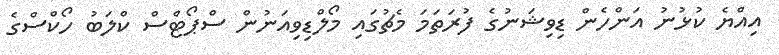
އިއްޔެ ކުޅުނު އަންހެން ޑިވިޝަނުގެ ފުރަތަމަ މެޗުގައި މޯލްޑިވިއަނުން ސްޕޯޓްސް ކްލަބު ހޯކްސްގެ